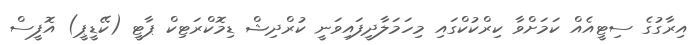
އިރާގުގެ ސިޓީއެއް ކަމަށްވާ ކިރްކުކްގައި މިހަމަލާދީފައިވަނީ ކުރްދިޝް ޑިމޮކްރަޓިކް ޕާޓީ (ކޭޑީޕީ) އޮފީސް